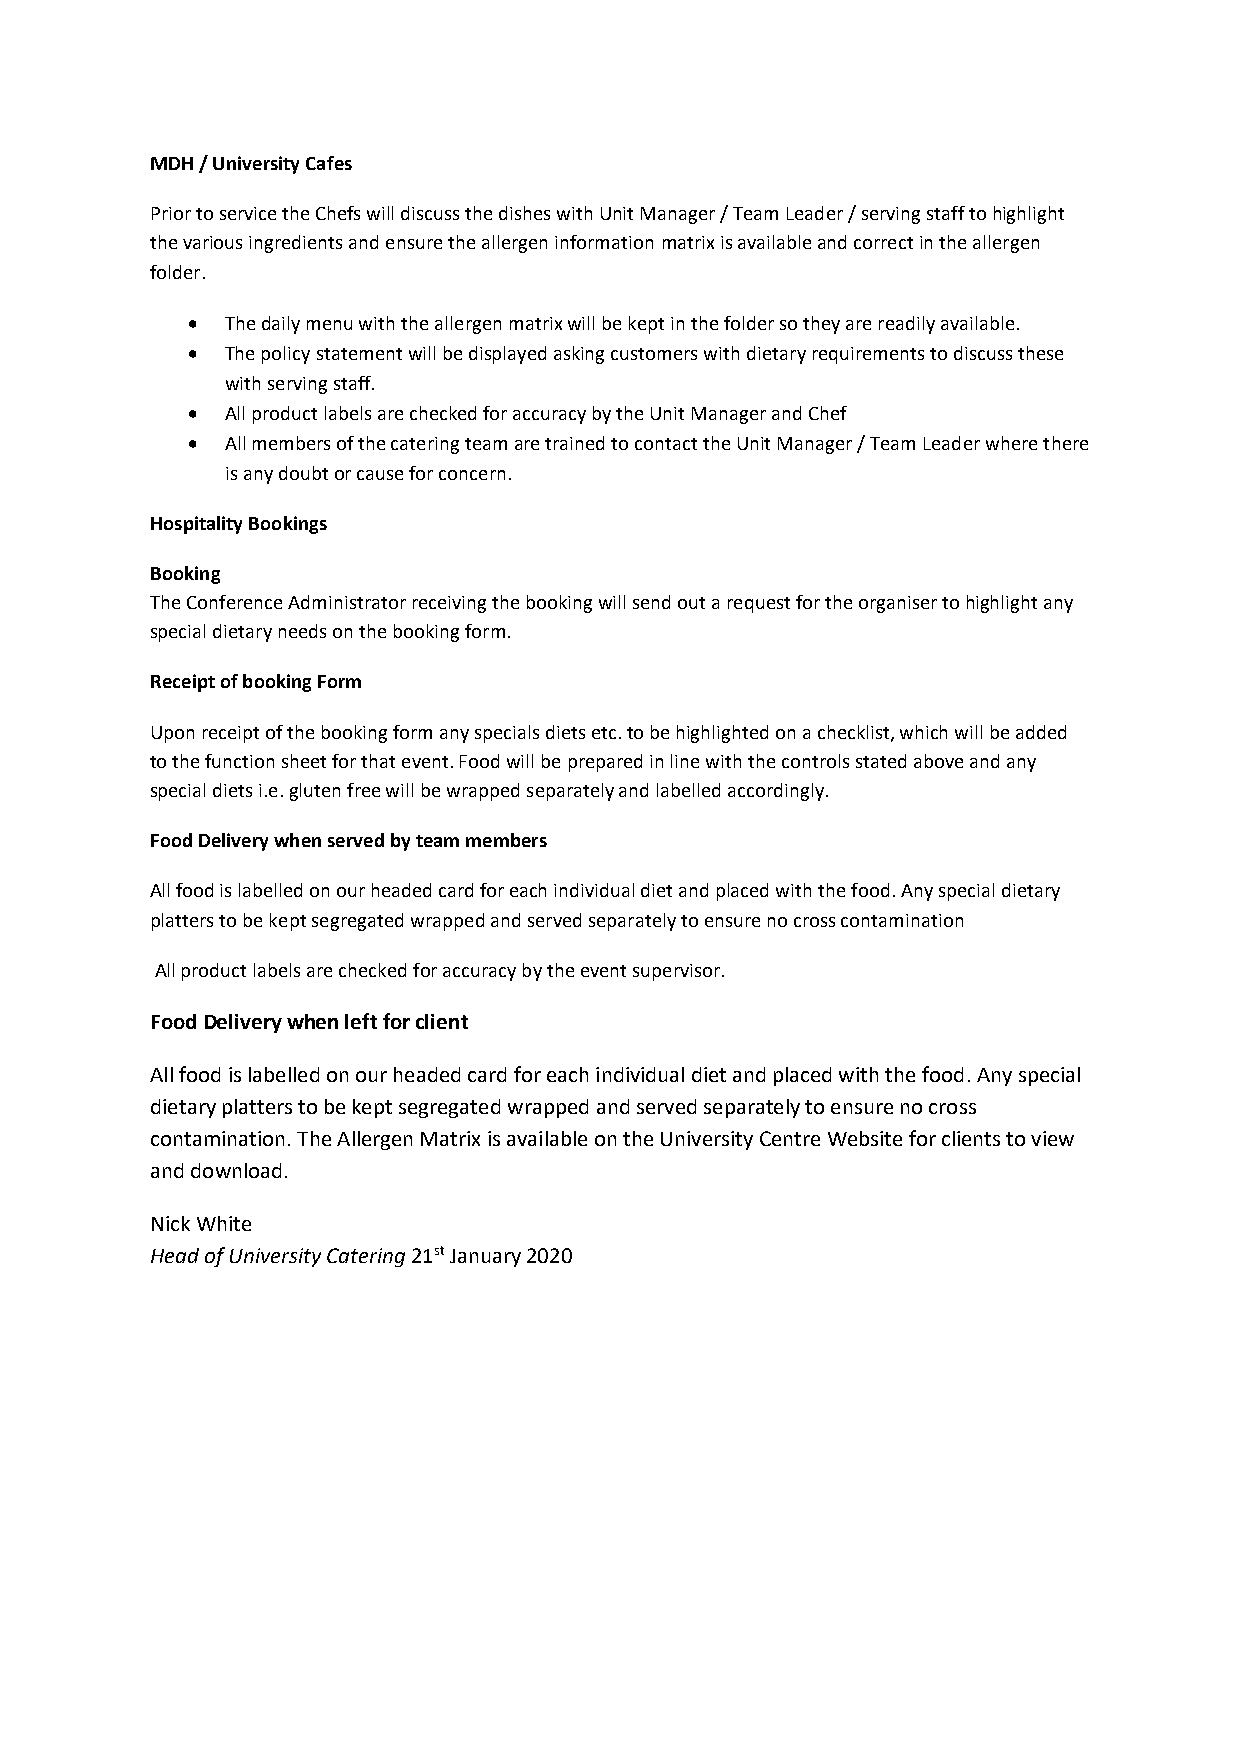
MDH / University Cafes
 Prior to service the Chefs will discuss the dishes with Unit Manager / Team Leader / serving staff to highlight
 the various ingredients and ensure the allergen information matrix is available and correct in the allergen
 folder.
   The daily menu with the allergen matrix will be kept in the folder so they are readily available.
   The policy statement will be displayed asking customers with dietary requirements to discuss these
 with serving staff.
   All product labels are checked for accuracy by the Unit Manager and Chef
   All members of the catering team are trained to contact the Unit Manager / Team Leader where there
 is any doubt or cause for concern.
 Hospitality Bookings
 Booking
 The Conference Administrator receiving the booking will send out a request for the organiser to highlight any
 special dietary needs on the booking form.
 Receipt of booking Form
 Upon receipt of the booking form any specials diets etc. to be highlighted on a checklist, which will be added
 to the function sheet for that event. Food will be prepared in line with the controls stated above and any
 special diets i.e. gluten free will be wrapped separately and labelled accordingly.
 Food Delivery when served by team members
 All food is labelled on our headed card for each individual diet and placed with the food. Any special dietary
 platters to be kept segregated wrapped and served separately to ensure no cross contamination
 All product labels are checked for accuracy by the event supervisor.
 Food Delivery when left for client
 All food is labelled on our headed card for each individual diet and placed with the food. Any special
 dietary platters to be kept segregated wrapped and served separately to ensure no cross
 contamination. The Allergen Matrix is available on the University Centre Website for clients to view
 and download.
 Nick White
 Head of University Catering 21st January 2020